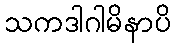
သကဒါဂါမိနာပိ